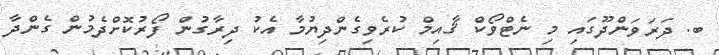
ބ. ދަރަވަންދޫގައި މި ނެޓްވޯކް ޤާއިމް ކުރެވިގެންދިޔުމާ އެކު ދިރާގުން ފޯރުކޮށްދެމުން ގެންދާ